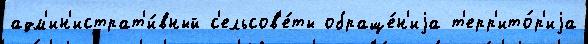
адм'ин'истрат'и́вный с'ельсов'е́ты обраще́н'иjа т'ерр'ито́р'иjа